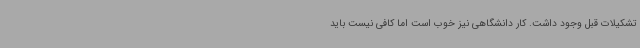
تشکیلات قبل وجود داشت. کار دانشگاهی نیز خوب است اما کافی نیست باید